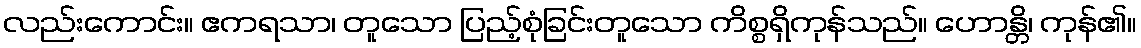
လည်းကောင်း။ ဧကရသာ၊ တူသော ပြည့်စုံခြင်းတူသော ကိစ္စရှိကုန်သည်။ ဟောန္တိ၊ ကုန်၏။